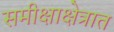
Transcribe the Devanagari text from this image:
समीक्षाक्षेत्रात